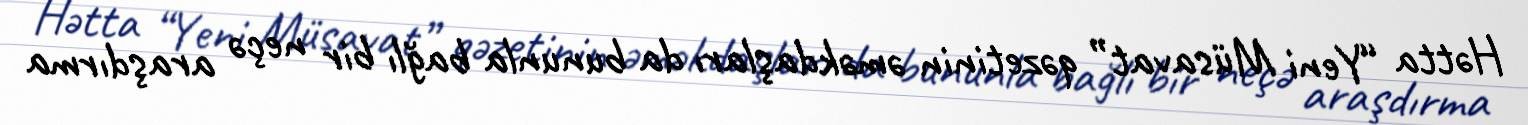
Hətta “Yeni Müsavat” qəzetinin əməkdaşları da bununla bağlı bir neçə araşdırma